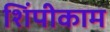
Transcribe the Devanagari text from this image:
शिंपीकाम